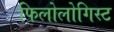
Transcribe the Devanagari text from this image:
फिलोलोगिस्ट